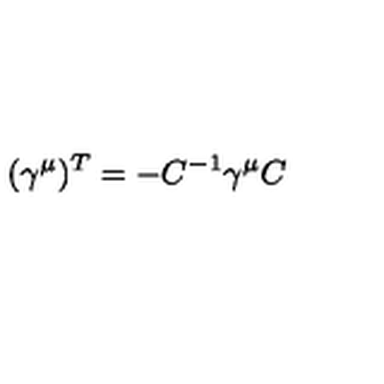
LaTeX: ( \gamma ^ { \mu } ) ^ { T } = - C ^ { - 1 } \gamma ^ { \mu } C